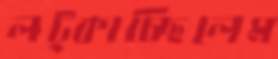
লট্‌কাচ্ছিলেম